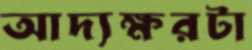
আদ্যক্ষরটা